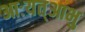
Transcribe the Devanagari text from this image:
आःयत्आभु